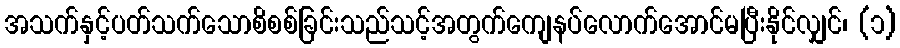
အသက်နှင့်ပတ်သက်သောစိစစ်ခြင်းသည်သင့်အတွက်ကျေနပ်လောက်အောင်မပြီးနိုင်လျှင်၊ (၁)